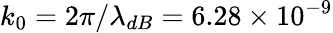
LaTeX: k_{0}=2\pi/\lambda_{dB}=6.28\times 10^{-9}